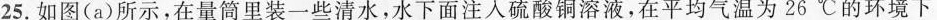
25.如图(a)所示，在量筒里装一些清水，水下面注入硫酸铜溶液，在平均气温为26℃的环境下